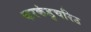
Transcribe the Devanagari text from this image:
करकंडुचरिउ